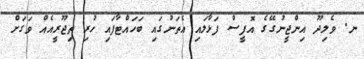
ނ. ވެލިދޫ އިންޖީނުގޭގެ އޮފީސް ފަޅާލައި އެތަނުގައި ބަހައްޓާފައި ހުރި ތިޖޫރީއެއް ވަގަށް